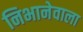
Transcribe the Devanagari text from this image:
निभानेवाला